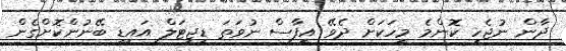
ދާން ނުޖެހި ކޮންމެ މީހަކަށް ދެވޭ އީފާސް ނުވަތަ ޑިޖިޓަލް އައިޑީ ބޭނުންކޮށްގެން